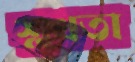
শ্লথতা